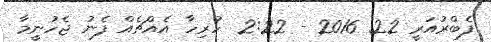
ފެބްރުއަރީ 22